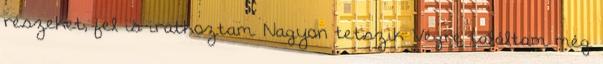
részeket, fel is iratkoztam. Nagyon tetszik Végre találtam még